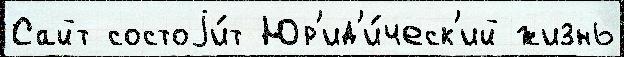
Сайт состоjи́т Юр'ид'и́ческ'ий жизнь